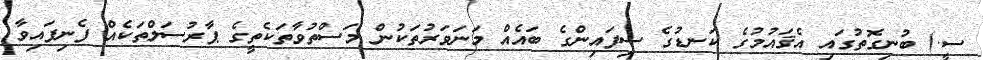
ސީ.) ބުނިގޮތުގައި އެޤައުމުގެ ކަނޑުގެ ސިފައިންގެ ބައެއް މަނަވަރުތަކުން މަސްތުވާތަކެތީގެ ޕާރުސަލްތަކެއް ފެނިފައިވާ